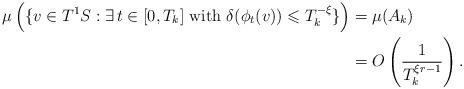
LaTeX: \begin{align*} \mu\left(\{v\in T^1S: \exists \, t\in [0,T_k] \textrm{ with } \delta(\phi_t(v)) \leqslant T_k^{-\xi}\}\right) &= \mu(A_k) \\&= O \left( \frac{1}{T_k^{\xi r-1}} \right).\end{align*}